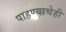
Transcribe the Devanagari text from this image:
पाहण्याचेही